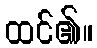
ထင်၏။